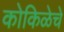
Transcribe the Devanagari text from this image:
कोकिळेचे